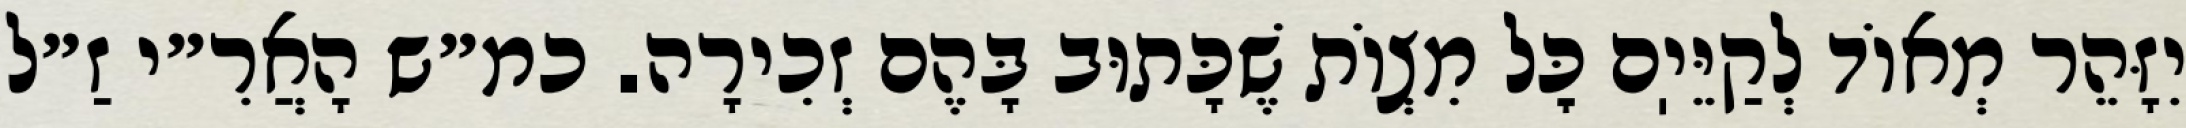
יִזָּהֵר מְאוֹד לְקַיֵּיֽם כׇּל מִצְוֹת שֶׁכָּתוּב בָּהֶם זְכִירָה. כמ״ש הָאֲרִ״י זַ״ל